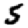
Digit: 5